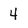
Character: 4